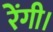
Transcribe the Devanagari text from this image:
रेंगी।